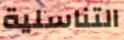
التناسلية